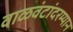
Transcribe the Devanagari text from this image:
वाळवंटांदरम्यान